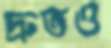
দ্রুতও